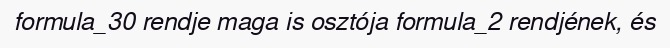
formula_30 rendje maga is osztója formula_2 rendjének, és